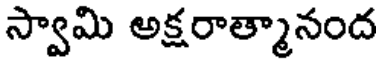
స్వామి అక్షరాత్మానంద